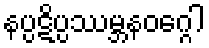
နပ္ပဋိပ္ပဿမ္ဘနဝဂ္ဂေါ